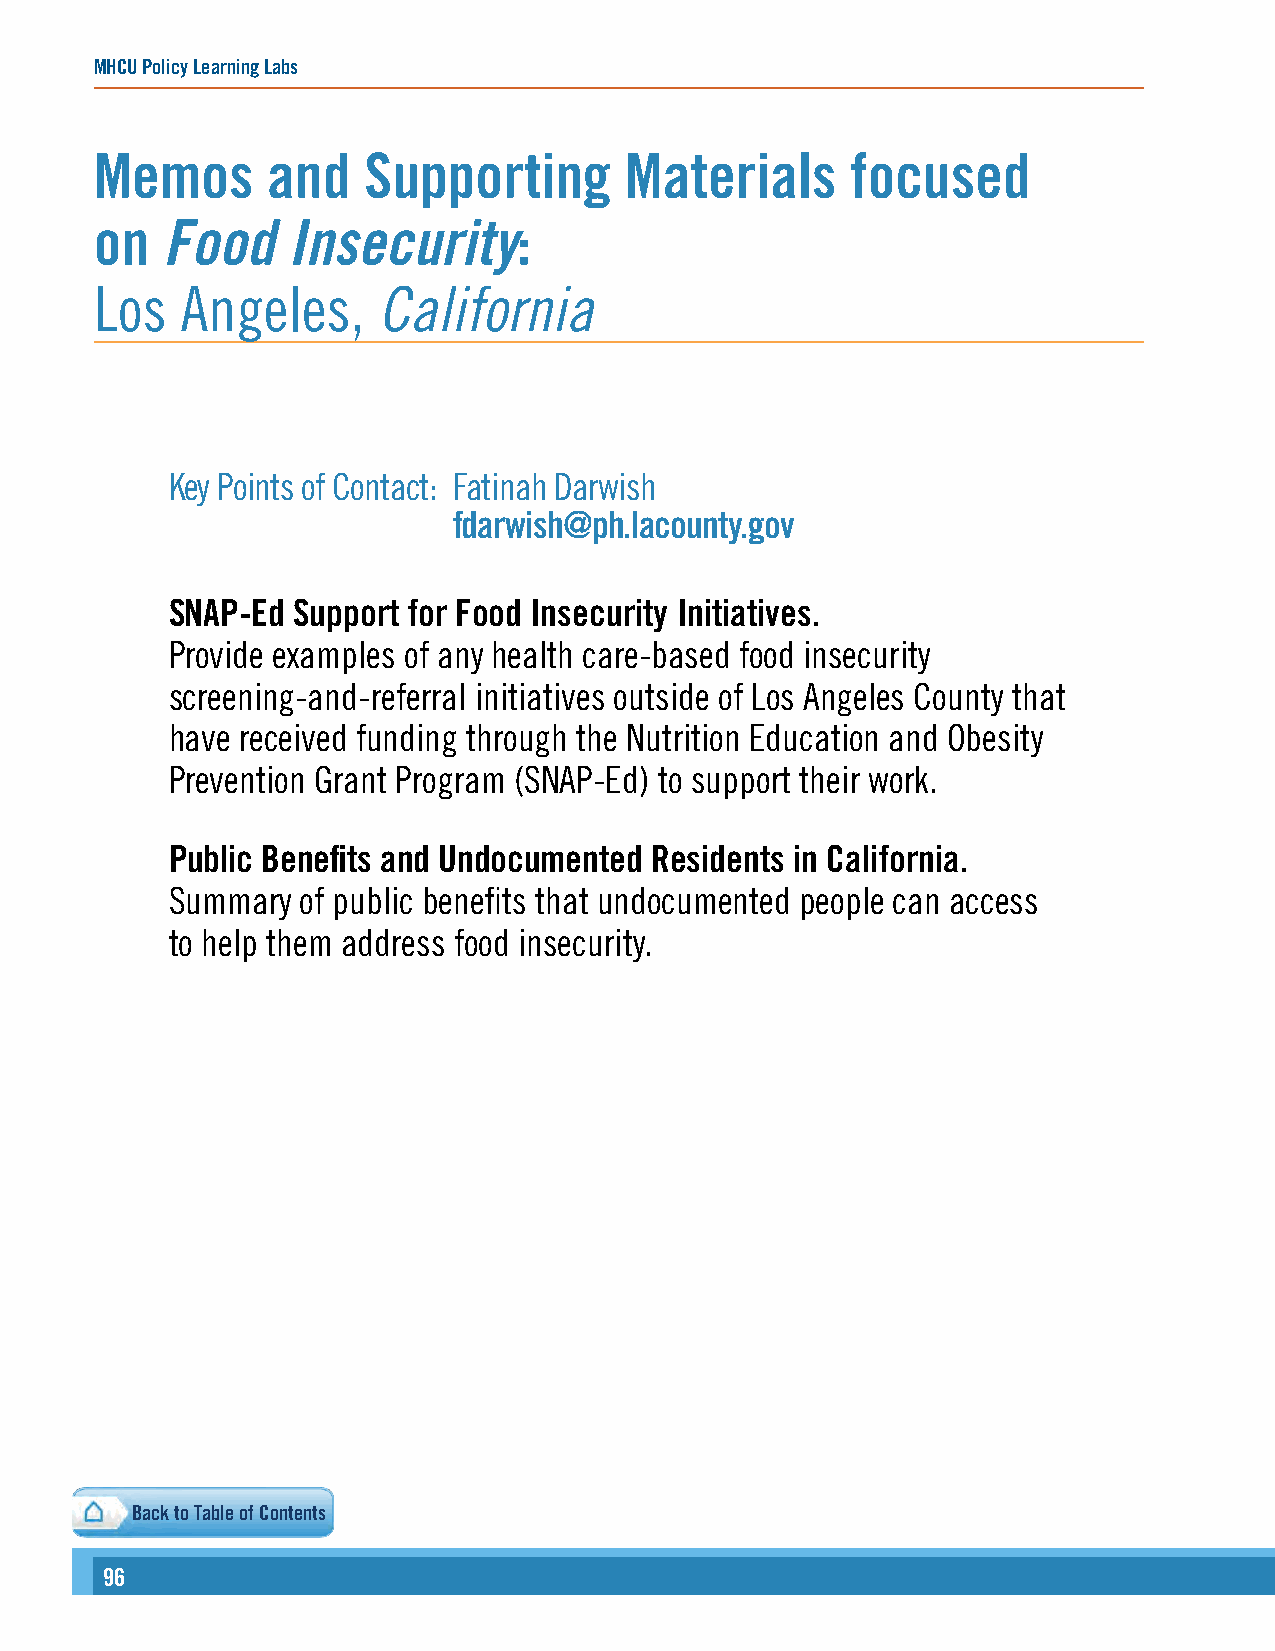
MHCU Policy Learning Labs
 Memos       and   Supporting       Materials      focused
 on   Food    Insecurity:
 Los   Angeles,     California
 Key Points of Contact: Fatinah Darwish
 fdarwish@ph.lacounty.gov
 SNAP-Ed Support for Food Insecurity Initiatives.
 Provide examples of any health care-based food insecurity
 screening-and-referral initiatives outside of Los Angeles County that
 have received funding through the Nutrition Education and Obesity
 Prevention Grant Program (SNAP-Ed) to support their work.
 Public Benefits and Undocumented Residents in California.
 Summary  of public benefits that undocumented people can access
 to help them address food insecurity.
 Back to Table of Contents
 96                                                                                                                                                        9977